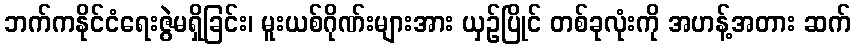
ဘက်ကနိုင်ငံရေးဇွဲမရှိခြင်း၊ မူးယစ်ဂိုဏ်းများအား ယှဉ်ပြိုင် တစ်ခုလုံးကို အဟန့်အတား ဆက်